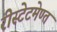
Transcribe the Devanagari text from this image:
रीस्टेटमेण्त